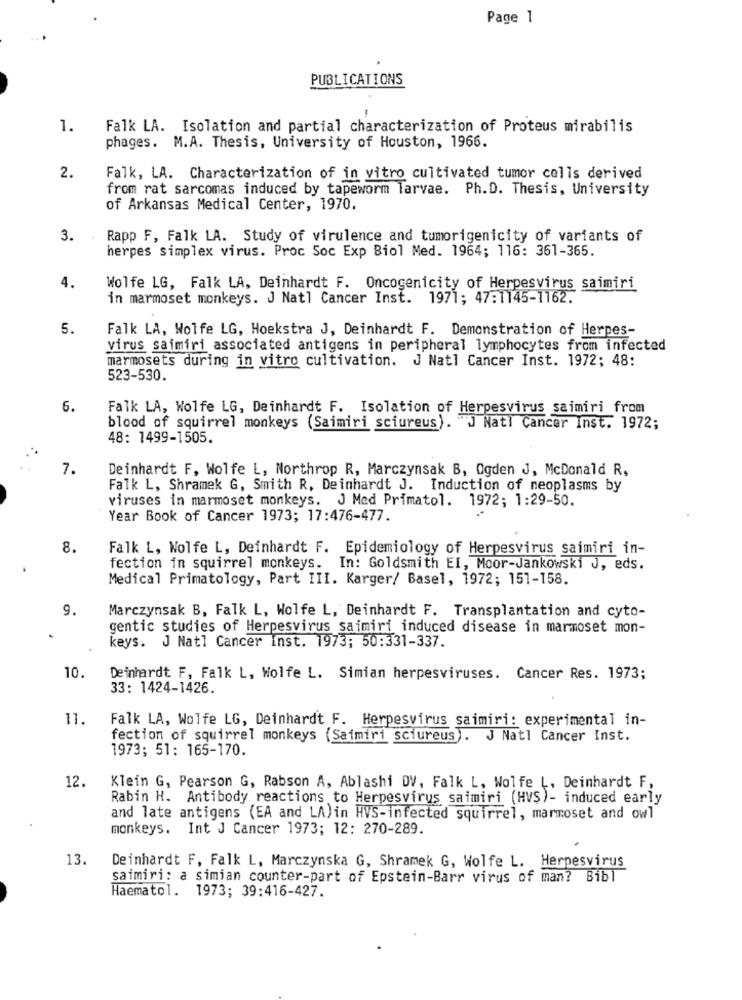
Page 1
PUBLICATIONS
1.
Falk LA. Isolation and partial characterization of Proteus mirabilis
phages. M.A. Thesis, University of Houston, 1966.
2.
Falk, LA. Characterization of in vitro cultivated tumor cells derived
from rat sarcomas induced by tapeworm larvae. Ph.D. Thesis, University
of Arkansas Medical Center, 1970.
3.
Rapp F, Falk LA. Study of virulence and tumorigenicity of variants of
herpes simplex virus. Proc Soc Exp Biol Med. 1964; 116: 361-365.
4.
Wolfe LG, Falk LA, Deinhardt F. Oncogenicity of Herpesvirus saimiri
in marmoset monkeys. J Natl Cancer Inst. 1971; 47:1145-1162.
5.
Falk LA, Wolfe LG, Hoekstra J, Deinhardt F. Demonstration of Herpes-
virus saimiri associated antigens in peripheral lymphocytes from infected
marmosets during in vitro cultivation. J Natl Cancer Inst. 1972; 48:
523-530.
6.
Falk LA, Wolfe LG, Deinhardt F. Isolation of Herpesvirus saimiri from
blood of squirrel monkeys (Saimiri sciureus). J Nati Cancer Inst. 1972;
48: 1499-1505.
7.
Deinhardt F, Wolfe L, Northrop R, Marczynsak B, Ogden J, McDonald R,
Falk L, Shramek G, Smith R, Deinhardt J. Induction of neoplasms by
viruses in marmoset monkeys. J Med Primatol. 1972; 1:29-50.
Year Book of Cancer 1973; 17:476-477.
8.
Falk L, Wolfe L, Deinhardt F. Epidemiology of Herpesvirus saimiri in-
fection in squirrel monkeys. In: Goldsmith EI, Moor-Jankowski J, eds.
Medical Primatology, Part III. Karger/ Basel, 1972; 151-158.
9.
Marczynsak B, Falk L, Wolfe L, Deinhardt F. Transplantation and cyto-
gentic studies of Herpesvirus saimiri induced disease in marmoset mon-
keys. J Natl Cancer Inst. 1973; 50:331-337.
10.
Deinhardt F, Falk L, Wolfe L. Simian herpesviruses. Cancer Res. 1973;
33: 1424-1426.
11.
Falk LA, Wolfe LG, Deinhardt F. Herpesvirus saimiri: experimental in-
fection of squirrel monkeys (Saimiri sciureus). J Natl Cancer Inst.
1973; 51: 165-170.
12.
Klein G, Pearson G, Rabson A, Ablashi DV, Falk L, Wolfe L, Deinhardt F,
Rabin H. Antibody reactions to Herpesvirus saimiri (HVS)- induced early
and late antigens (EA and LA)in HVS-infected squirrel, marmoset and owl
monkeys. Int J Cancer 1973; 12: 270-289.
13.
Deinhardt F, Falk L, Marczynska G, Shramek G, Wolfe L. Herpesvirus
saimiri: a simian counter-part of Epstein-Barr virus of man? Bibl
Haematol. 1973; 39:416-427.